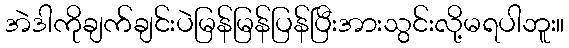
အဲဒါကိုချက်ချင်းပဲမြန်မြန်ပြန်ပြီးအားသွင်းလို့မရပါဘူး။